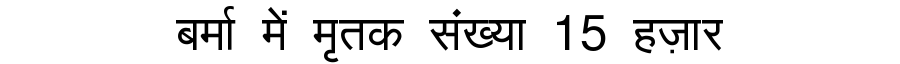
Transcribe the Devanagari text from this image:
बर्मा में मृतक संख्या 15 हज़ार